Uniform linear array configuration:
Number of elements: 16
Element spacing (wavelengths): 1
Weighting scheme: hamming
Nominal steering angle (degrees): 45
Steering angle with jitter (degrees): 44.585
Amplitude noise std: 0.05
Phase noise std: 0.05

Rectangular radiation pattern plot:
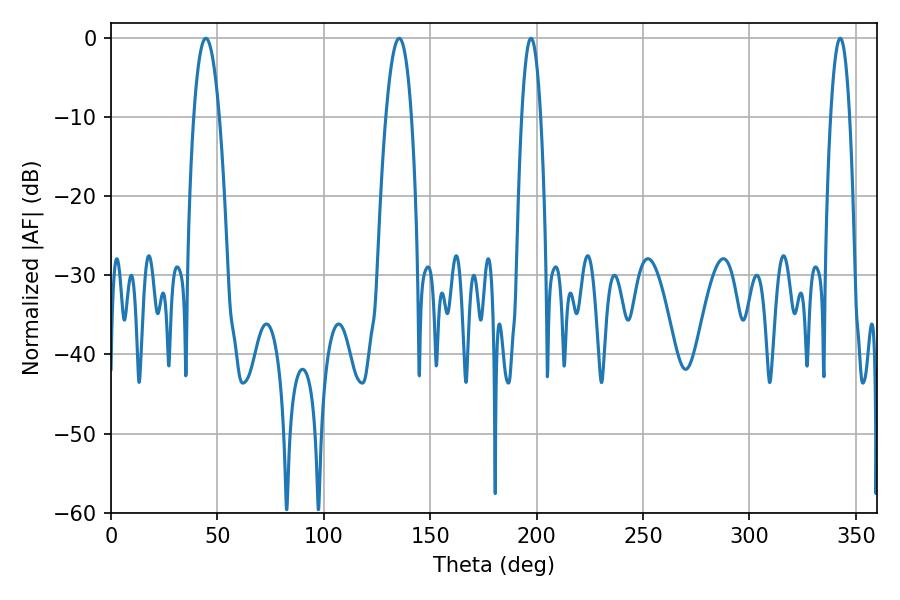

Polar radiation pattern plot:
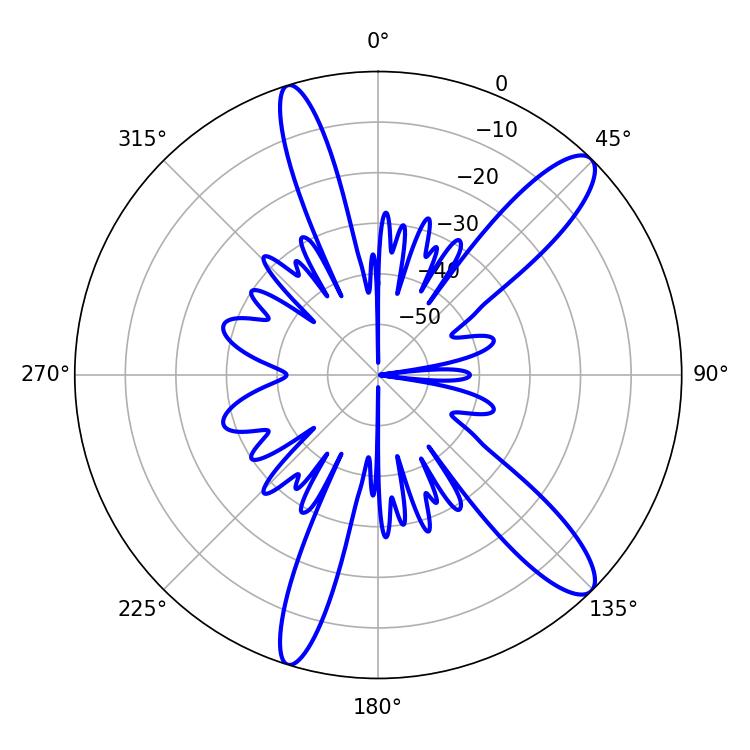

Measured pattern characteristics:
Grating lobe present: TRUE
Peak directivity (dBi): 12.253
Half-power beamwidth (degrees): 6.66
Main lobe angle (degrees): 44.64